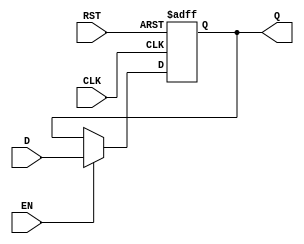
module output_register (
    input wire D,        // Data Input
    input wire CLK,      // Clock Input
    input wire EN,       // Enable Input
    input wire RST,      // Reset Input (active high)
    output reg Q         // Data Output
);

// Asynchronous reset functionality
always @(posedge CLK or posedge RST) begin
    if (RST) begin
        Q <= 1'b0;      // Set output to 0 on reset
    end else if (EN) begin
        Q <= D;         // Capture input data on clock edge if enabled
    end
    // If EN is low, Q retains its previous value
end

endmodule